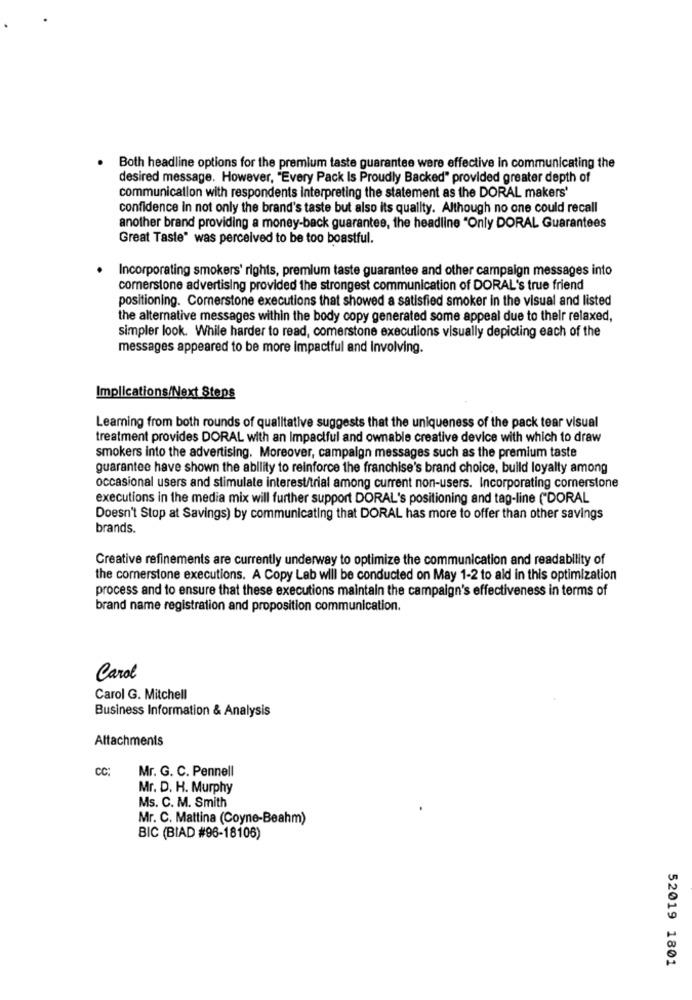
.
Both headline options for the premium taste guarantee were effective in communicating the
desired message. However, "Every Pack Is Proudly Backed" provided greater depth of
communication with respondents interpreting the statement as the DORAL makers'
confidence in not only the brand's taste but also its quality. Although no one could recall
another brand providing a money-back guarantee, the headline "Only DORAL Guarantees
Great Taste" was perceived to be too boastful.
Incorporating smokers' rights, premium taste guarantee and other campaign messages into
cornerstone advertising provided the strongest communication of DORAL's true friend
positioning. Cornerstone executions that showed a satisfied smoker in the visual and listed
the alternative messages within the body copy generated some appeal due to their relaxed,
simpler look. While harder to read, comerstone execulions visually depicting each of the
messages appeared to be more impactful and Involving.
Implications/Next Steps
Learning from both rounds of qualitative suggests that the uniqueness of the pack tear visual
treatment provides DORAL with an Impactful and ownable creative device with which to draw
smokers into the advertising. Moreover, campaign messages such as the premium taste
guarantee have shown the ability to reinforce the franchise's brand choice, build loyalty among
occasional users and stimulate interest/trial among current non-users. Incorporating comersione
executions in the media mix will further support DORAL's positioning and tag-line ("DORAL
Doesn't Stop at Savings) by communicating that DORAL has more to offer than other savings
brands.
Creative refinements are currently underway to optimize the communication and readability of
the cornerstone executions. A Copy Lab will be conducted on May 1-2 to ald in this optimization
process and to ensure that these executions maintain the campaign's effectiveness in terms of
brand name registration and proposition communication.
Carol
Carol G. Mitchell
Business Information & Analysis
Attachments
CC:
Mr. G. C. Pennell
Mr. D. H. Murphy
Ms. C. M. Smith
Mr. C. Mattina (Coyne-Beahm)
BIC (BIAD #96-18106)
52019 1801